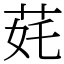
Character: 䒲